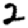
Digit: 2